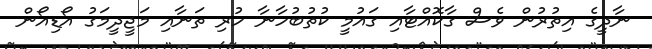
ނާދީގެ އިތުރުން ވެސް ގާކޮއްޓާއި ގައުމީ ކުތުބުހާނާ ހުރި ތަނާއި މަޖީދީމަގު އޯޑިއޯން